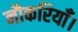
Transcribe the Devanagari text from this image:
नौकरियाँ।